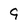
Character: 9